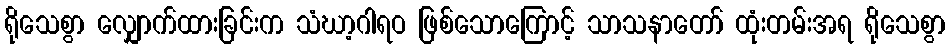
ရိုသေစွာ လျှောက်ထားခြင်းက သံဃာ့ဂါရဝ ဖြစ်သောကြောင့် သာသနာတော် ထုံးတမ်းအရ ရိုသေစွာ